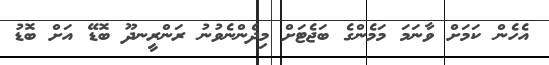
އެހެން ކަމަށް ވާނަމަ މަމެންގެ ބަޖެޓަށް މިދެންނެވުނު ރަންރީނދޫ ބޮޑޭ އަށް ބޮޑު